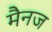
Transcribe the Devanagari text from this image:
मैनज